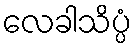
လေခါသိပ္ပံ